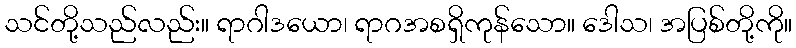
သင်တို့သည်လည်း။ ရာဂါဒယော၊ ရာဂအစရှိကုန်သော။ ဒေါသ၊ အပြစ်တို့ကို။